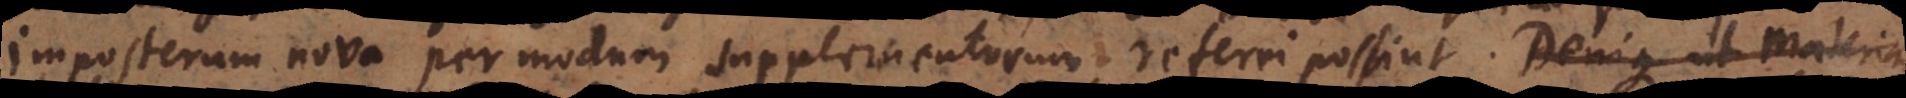
imposterum nova per modum supplementorum referri possint. Deinde usus erit,